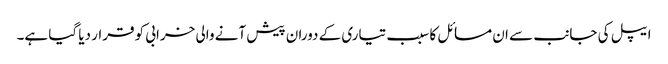
ایپل کی جانب سے ان مسائل کا سبب تیاری کے دوران پیش آنے والی خرابی کو قرار دیا گیا ہے۔